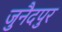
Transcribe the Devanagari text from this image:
जुनैदपुर